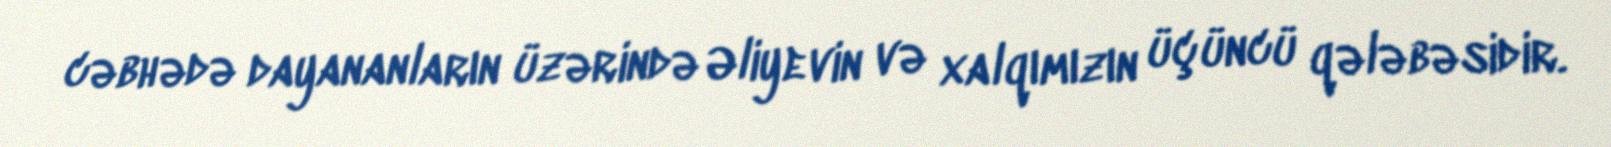
cəbhədə dayananların üzərində Əliyevin və xalqımızın üçüncü qələbəsidir.